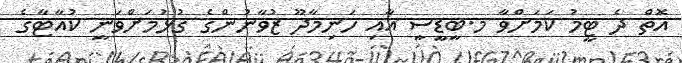
އޮތް ދެ ޓީމު ކަމަށްވާ މ.ބީޑީސީ އާއި ހަނިމާދޫ ޒުވާނުންގެ ގުޅުމަށްވަނީ ކުއާޓާގެ